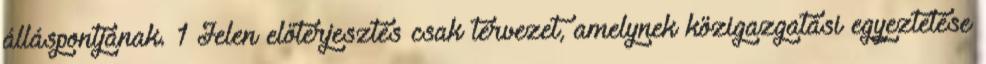
álláspontjának. 1 Jelen előterjesztés csak tervezet, amelynek közigazgatási egyeztetése